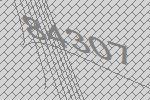
84307